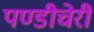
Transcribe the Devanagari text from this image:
पण्डीचेरी